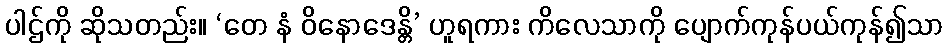
ပါဌ်ကို ဆိုသတည်း။ ‘တေ နံ ဝိနောဒေန္တိ’ ဟူရကား ကိလေသာကို ပျောက်ကုန်ပယ်ကုန်၍သာ